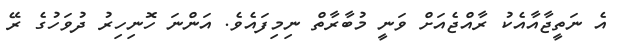
އެ ނަތީޖާއާއެކު ރާއްޖެއަށް ވަނީ މުބާރާތް ނިމިފައެވެ. އަންނަ ހޮނިހިރު ދުވަހުގެ ރޭ